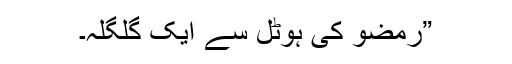
”رمضو کی ہوٹل سے ایک گلگلہ۔